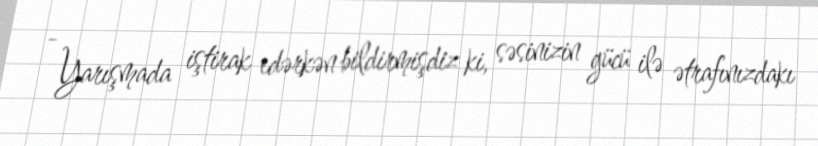
- Yarışmada iştirak edərkən bildirmişdiz ki, səsinizin gücü ilə ətrafınızdakı